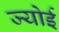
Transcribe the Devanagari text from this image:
ज्योई